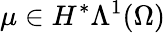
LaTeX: \mu\in H^{\ast}\Lambda^{1}(\Omega)